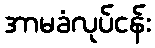
အာမခံလုပ်ငန်း